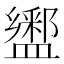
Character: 𰥆